Jarvakandi_vallavalitsus, lk 80
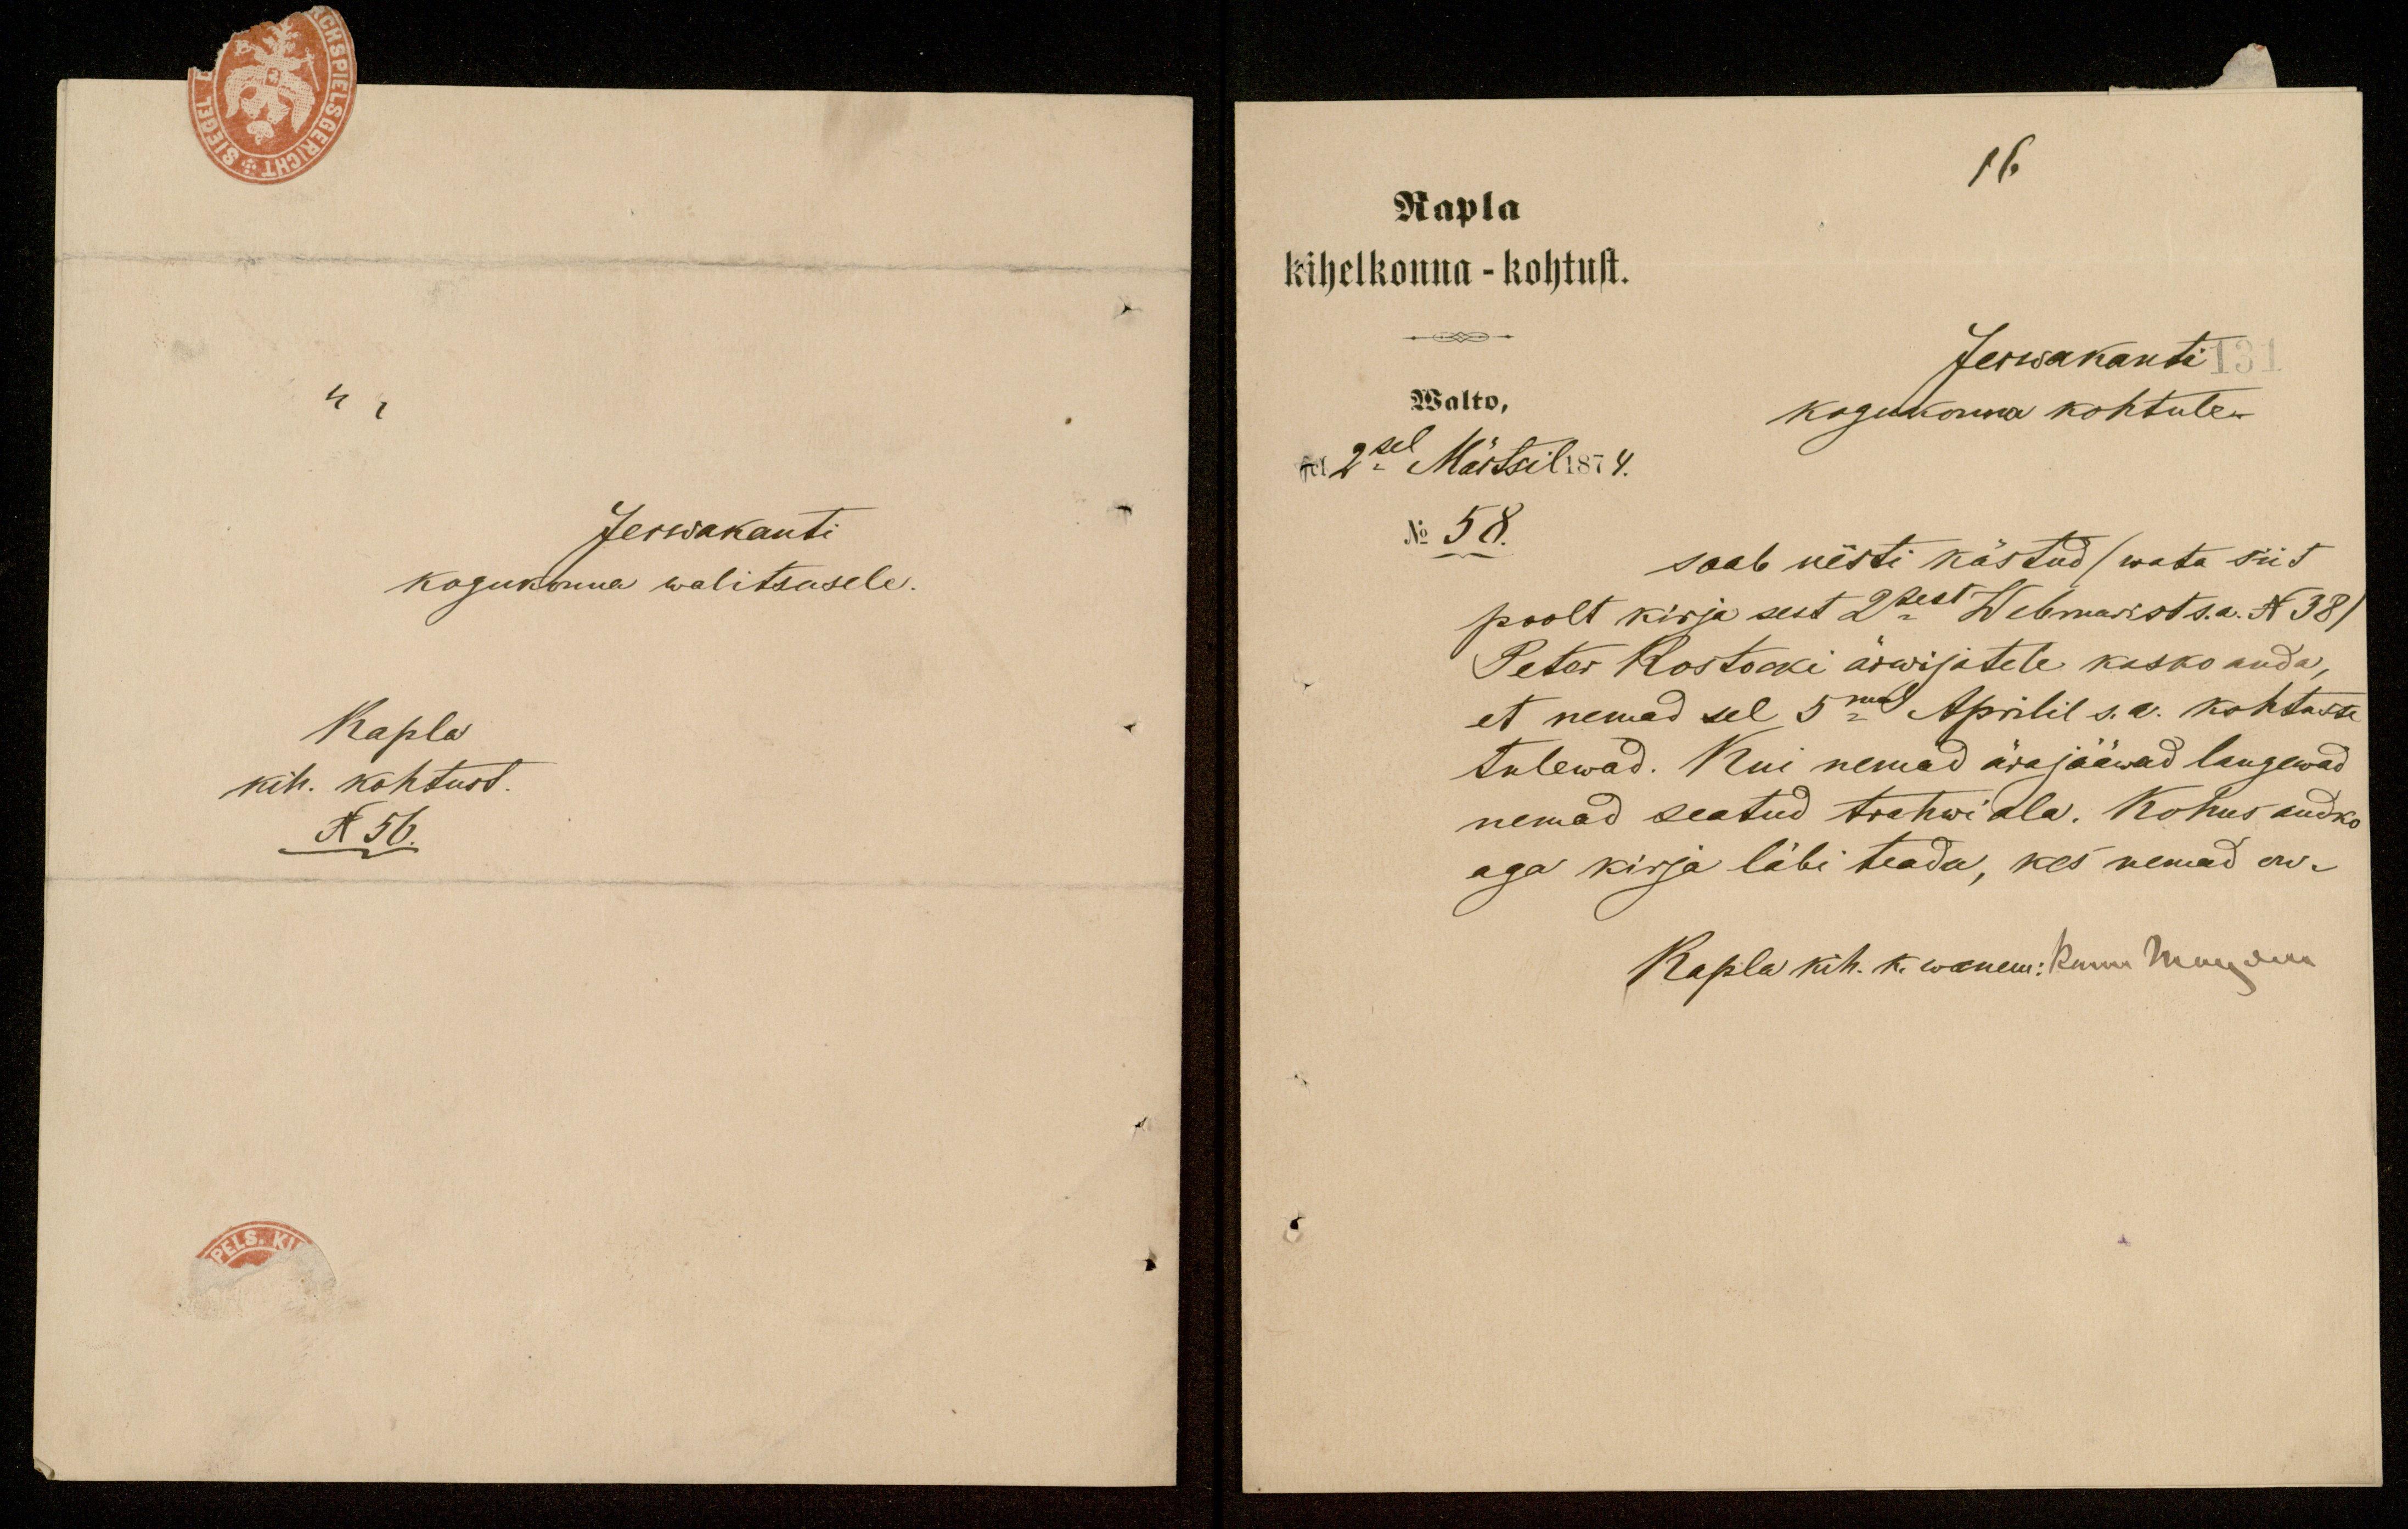
Jerwakanti
kogukonna walitsusele.
Rapla
kih. kohtust.
N 56.

16.
Rapla
kihelkonna - kohtust.
Jerwakanti
Walto,
kogukonna kohtule.
sel 2sel Märtsil 1874.
No 58.
saab uesti kästud (wata siit
poolt kirja sest 2sest Webruarist s. a. N 38).
Peter Rostocki ärwijatele kasko anda,
et nemad sel 5mal Aprilil s. a. kohtusse
tulewad. Kui nemad ära jääwad langewad
nemad seatud trahwi ala. Kohus andko
aga kirja läbi teada, kes nemad on
Rapla kih. k. wanem: kuni Muuriku